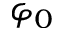
\varphi _ { 0 }